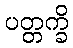
ပတ္တက္ခိ